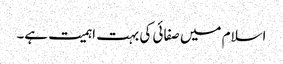
اسلام میں صفائی کی بہت اہمیت ہے۔